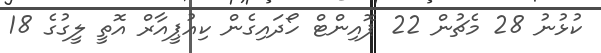
ކުޅުނު 28 މެޗުން 22 ޕޮއިންޓް ހޯދައިގެން ކިއުޕީއާރް އޮތީ ލީގުގެ 18